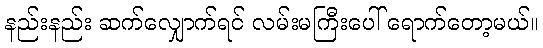
နည်းနည်း ဆက်လျှောက်ရင် လမ်းမကြီးပေါ် ရောက်တော့မယ်။